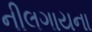
નીલગાયના